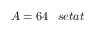
A = 6 4 \; \; \; s e t a t